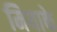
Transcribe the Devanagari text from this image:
मियाके